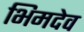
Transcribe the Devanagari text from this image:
भिमदेव